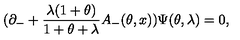
( \partial _ { - } + \frac { \lambda ( 1 + \theta ) } { 1 + \theta + \lambda } A _ { - } ( \theta , x ) ) \Psi ( \theta , \lambda ) = 0 ,